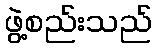
ဖွဲ့စည်းသည်